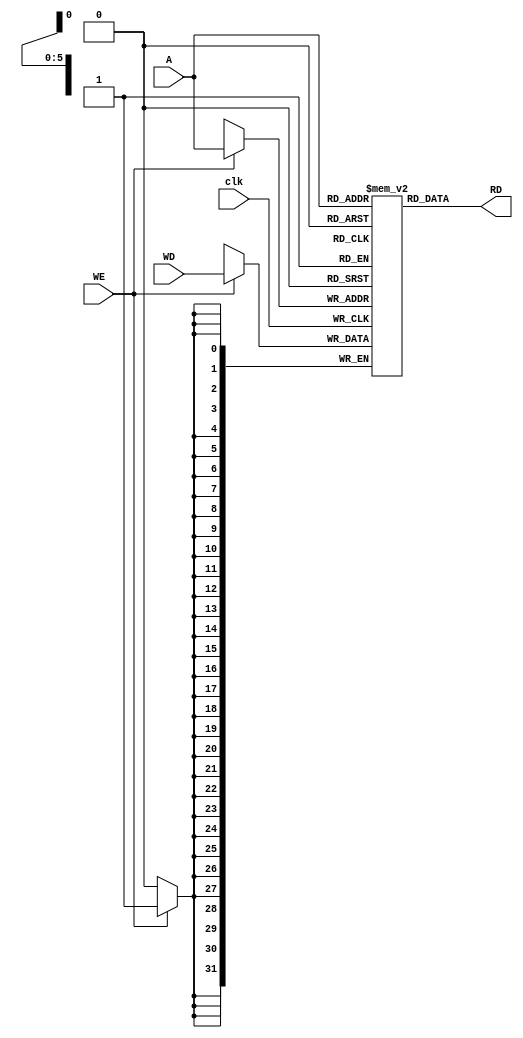
module RISC_data_mem#(parameter WIDTH=32, DEPTH = 64, ADDR=$clog2(DEPTH))(
input wire clk,
input wire WE,
input wire [ADDR-1:0] A,
input wire [WIDTH-1:0] WD,

output wire [WIDTH-1:0] RD
);

reg [WIDTH-1:0] data_mem [DEPTH-1:0];

always@(posedge clk) begin
	if(WE)
		data_mem[A] <= WD;
end

assign RD = data_mem[A];

endmodule